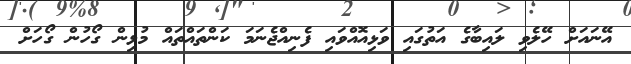
އޭނައަށް ހޭލެވި ލައިބާގެ އަތުގައި ވަޅިއޮއްވައި ފެނިއްޖެނަމަ ކަންތައްތައް މުޅިން ގޯހުން ގޯހަށް